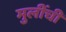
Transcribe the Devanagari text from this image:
मुलींचीं